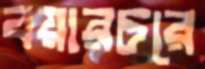
বয়ারচরে